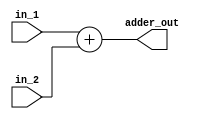
module Adder(input [31:0] in_1, input [31:0] in_2, output [31:0] adder_out);
   assign adder_out  = in_1 + in_2;
endmodule